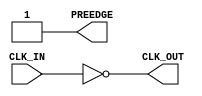

// Copyright (c) 2000-2009 Bluespec, Inc.

// Permission is hereby granted, free of charge, to any person obtaining a copy
// of this software and associated documentation files (the "Software"), to deal
// in the Software without restriction, including without limitation the rights
// to use, copy, modify, merge, publish, distribute, sublicense, and/or sell
// copies of the Software, and to permit persons to whom the Software is
// furnished to do so, subject to the following conditions:

// The above copyright notice and this permission notice shall be included in
// all copies or substantial portions of the Software.

// THE SOFTWARE IS PROVIDED "AS IS", WITHOUT WARRANTY OF ANY KIND, EXPRESS OR
// IMPLIED, INCLUDING BUT NOT LIMITED TO THE WARRANTIES OF MERCHANTABILITY,
// FITNESS FOR A PARTICULAR PURPOSE AND NONINFRINGEMENT. IN NO EVENT SHALL THE
// AUTHORS OR COPYRIGHT HOLDERS BE LIABLE FOR ANY CLAIM, DAMAGES OR OTHER
// LIABILITY, WHETHER IN AN ACTION OF CONTRACT, TORT OR OTHERWISE, ARISING FROM,
// OUT OF OR IN CONNECTION WITH THE SOFTWARE OR THE USE OR OTHER DEALINGS IN
// THE SOFTWARE.
//
// $Revision$
// $Date$

`ifdef BSV_ASSIGNMENT_DELAY
`else
`define BSV_ASSIGNMENT_DELAY
`endif

module ClockInverter(CLK_IN, PREEDGE,  CLK_OUT);

   input     CLK_IN;            // input clock
   output    PREEDGE;           // output signal announcing an upcoming edge
   output    CLK_OUT;           // output clock

   wire      CLK_OUT;
   wire      PREEDGE;
   
   assign    CLK_OUT = ! CLK_IN ;
   assign    PREEDGE = 1 ;
   
endmodule // ClockInverter